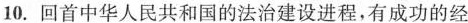
10.回首中华人民共和国的法治建设进程，有成功的经